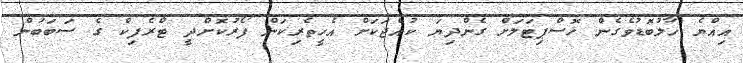
އިއްޔެ ހާލުބޮޑުވެގެން ހޮސްޕިޓަލަށް ގެންދިޔަ ކުއްޖަކަށް އެހީތެރިކަން ފޯރުކޮށްދީ ޓްރެފިކް ގެ ސަބަބުން